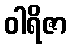
ဝါရိဇာ